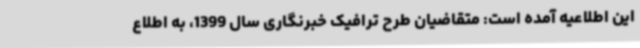
این اطلاعیه آمده است: متقاضیان طرح ترافیک خبرنگاری سال 1399، به اطلاع